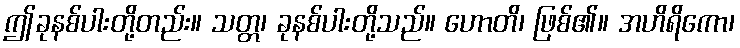
ဤခုနစ်ပါးတို့တည်း။ သတ္တ၊ ခုနစ်ပါးတို့သည်။ ဟောတိ၊ ဖြစ်၏။ အဟိရိကော၊